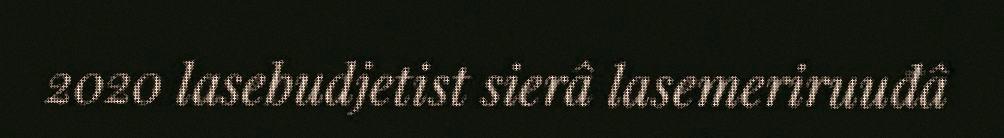
2020 lasebudjetist sierâ lasemeriruuđâ